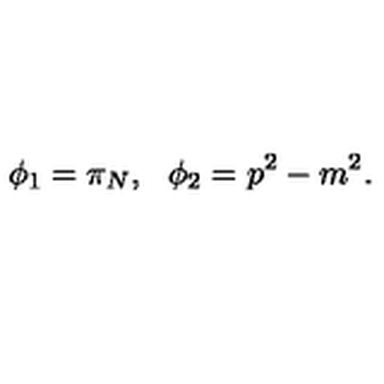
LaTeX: \phi _ { 1 } = \pi _ { N } , \: \: \: \phi _ { 2 } = p ^ { 2 } - m ^ { 2 } .